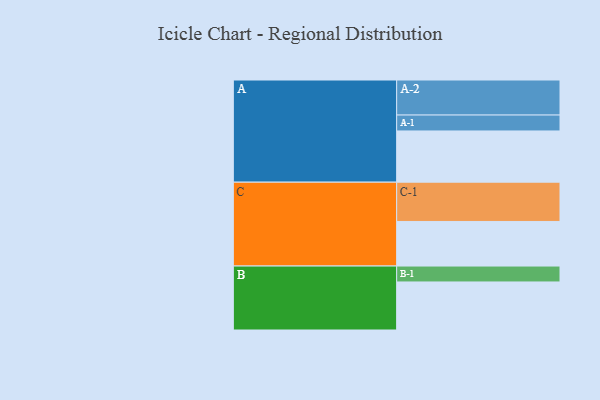
{"axis": {"x": "Segment", "y": "Value"}, "legend": ["", "A", "B", "C"], "data": [{"x": "A", "y": 386, "type": ""}, {"x": "B", "y": 362, "type": ""}, {"x": "C", "y": 336, "type": ""}, {"x": "A-1", "y": 120, "type": "A"}, {"x": "A-2", "y": 264, "type": "A"}, {"x": "B-1", "y": 120, "type": "B"}, {"x": "C-1", "y": 296, "type": "C"}]}